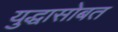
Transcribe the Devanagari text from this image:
युद्धासोबत